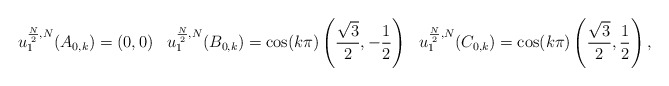
\begin{align*}u_1^{\frac{ N}{2}, N}(A_{0,k}) &= (0,0) & u_1^{\frac{ N}{2}, N}(B_{0,k}) &= \cos(k\pi) \left(\frac{\sqrt{3}}{2}, -\frac{1}{2}\right) &u_1^{\frac{ N}{2}, N}(C_{0,k}) &= \cos(k\pi) \left(\frac{\sqrt{3}}{2}, \frac{1}{2}\right),\end{align*}